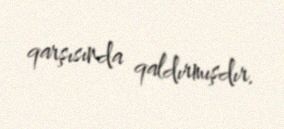
qarşısında qaldırmışdır.